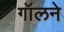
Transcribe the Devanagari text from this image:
गॉलने